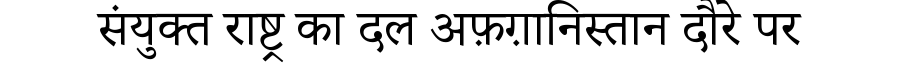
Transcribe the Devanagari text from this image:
संयुक्त राष्ट्र का दल अफ़ग़ानिस्तान दौरे पर